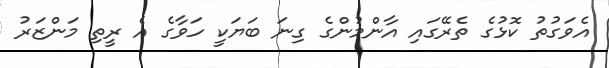
އެވަގުތު ކޮޅުގެ ތެރޭގައި އާންމުންގެ ގިނަ ބަޔަކީ ހަވާގެ އެ ރީތި މަންޒަރު